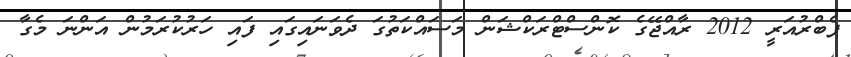
ފެބްރުއަރީ 2012 ރާއްޖޭގެ ކޮންސްޓްރަކްޝަން މަސައްކަތުގަ ދެވަނައިގައި ފައި ހަރުކުރަމުން އަންނަ މެގާ